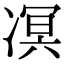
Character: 凕